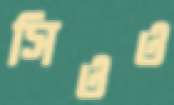
সিওও